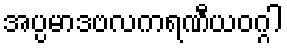
အပ္ပမာဒဗလကရဏီယဝဂ္ဂါ